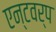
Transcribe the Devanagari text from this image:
एन्टवर्प